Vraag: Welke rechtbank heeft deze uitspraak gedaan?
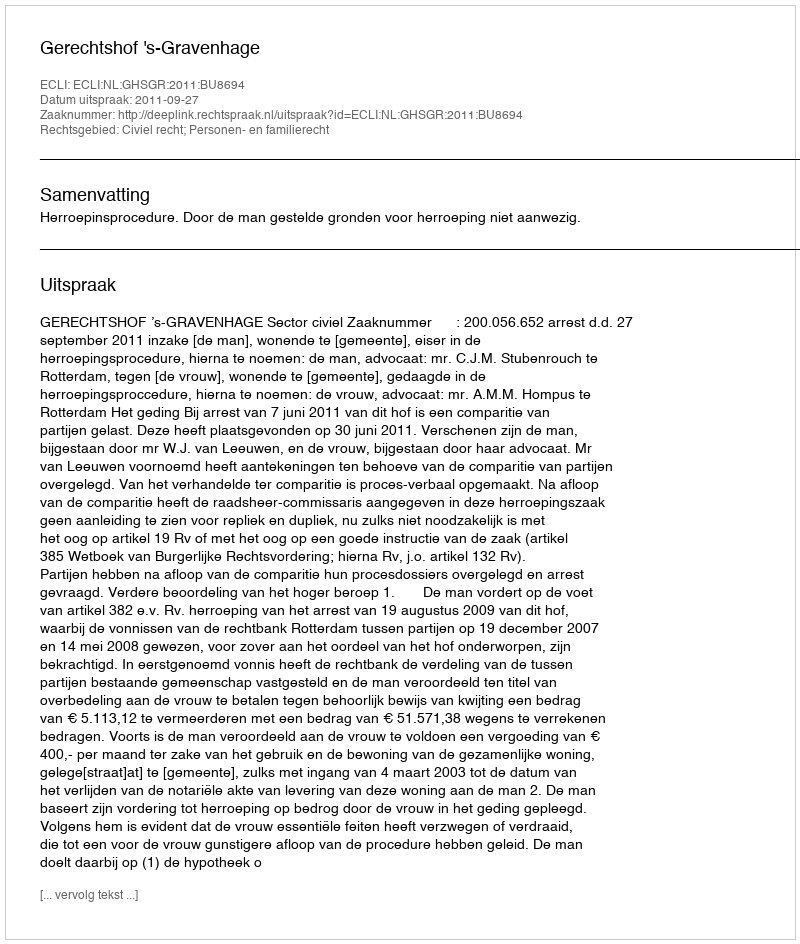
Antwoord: Gerechtshof 's-Gravenhage